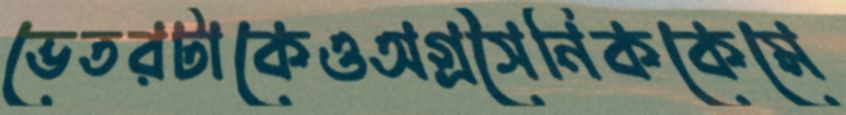
ভেতরটাকেওঅগ্রসৈনিককেমে